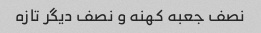
نصف جعبه کهنه و نصف دیگر تازه